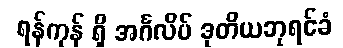
ရန်ကုန် ရှိ အင်္ဂလိပ် ဒုတိယဘုရင်ခံ